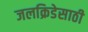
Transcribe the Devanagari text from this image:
जलक्रिडेसाठी